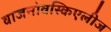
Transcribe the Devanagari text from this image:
वाजनोवस्किएलीज